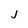
Character: j